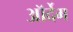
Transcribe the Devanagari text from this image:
ऑर्देम